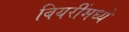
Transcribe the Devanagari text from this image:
बियरींमध्ये